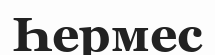
Һермес